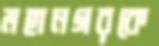
মহানগরকে